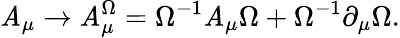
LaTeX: \mathit{A}_{\mu}\to\mathit{A}_{\mu}^{\Omega}=\Omega^{-1}\mathit{A}_{\mu}\Omega+\Omega^{-1}\partial_{\mu}\Omega.